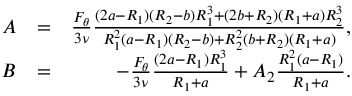
\begin{array} { r l r } { A } & { = } & { \frac { F _ { \theta } } { 3 \nu } \frac { ( 2 a - R _ { 1 } ) ( R _ { 2 } - b ) R _ { 1 } ^ { 3 } + ( 2 b + R _ { 2 } ) ( R _ { 1 } + a ) R _ { 2 } ^ { 3 } } { R _ { 1 } ^ { 2 } ( a - R _ { 1 } ) ( R _ { 2 } - b ) + R _ { 2 } ^ { 2 } ( b + R _ { 2 } ) ( R _ { 1 } + a ) } , } \\ { B } & { = } & { - \frac { F _ { \theta } } { 3 \nu } \frac { ( 2 a - R _ { 1 } ) R _ { 1 } ^ { 3 } } { R _ { 1 } + a } + A _ { 2 } \frac { R _ { 1 } ^ { 2 } ( a - R _ { 1 } ) } { R _ { 1 } + a } . } \end{array}